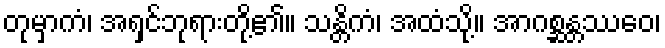
တုမှာကံ၊ အရှင်ဘုရားတို့၏။ သန္တိကံ၊ အထံသို့။ အာဂစ္ဆန္တဿေဝ၊